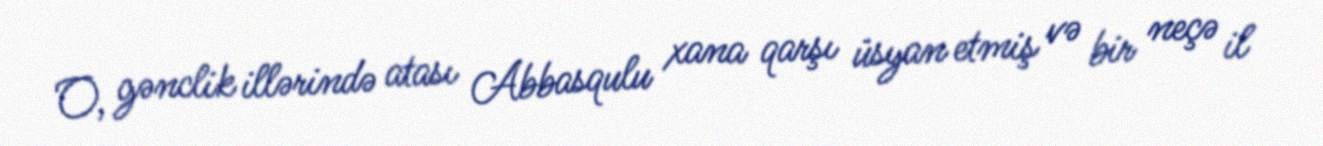
O, gənclik illərində atası Abbasqulu xana qarşı üsyan etmiş və bir neçə il